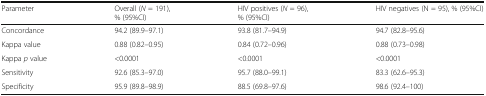
<table><thead><tr><td><b>Parameter</b></td><td><b>Overall (<i>N</i> = 191),% (95%CI)</b></td><td><b>HIV positives (<i>N</i> = 96),% (95%CI)</b></td><td><b>HIV negatives (N = 95), % (95%CI)</b></td></tr></thead><tbody><tr><td>Concordance</td><td>94.2 (89.9–97.1)</td><td>93.8 (81.7–94.9)</td><td>94.7 (82.8–95.6)</td></tr><tr><td>Kappa value</td><td>0.88 (0.82–0.95)</td><td>0.84 (0.72–0.96)</td><td>0.88 (0.73–0.98)</td></tr><tr><td>Kappa <i>p</i> value</td><td>&lt;0.0001</td><td>&lt;0.0001</td><td>&lt;0.0001</td></tr><tr><td>Sensitivity</td><td>92.6 (85.3–97.0)</td><td>95.7 (88.0–99.1)</td><td>83.3 (62.6–95.3)</td></tr><tr><td>Specificity</td><td>95.9 (89.8–98.9)</td><td>88.5 (69.8–97.6)</td><td>98.6 (92.4–100)</td></tr></tbody></table>